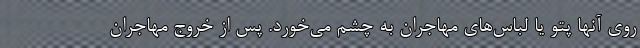
روی آنها پتو یا لباس‌های مهاجران به چشم می‌خورد. پس از خروج مهاجران